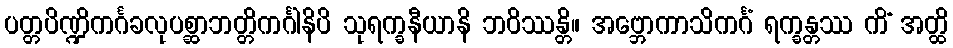
ပတ္တပိဏ္ဍိကင်္ဂခလုပစ္ဆာဘတ္တိကင်္ဂါနိပိ သုရက္ခနီယာနိ ဘဝိဿန္တိ။ အဗ္ဘောကာသိကင်္ဂံ ရက္ခန္တဿ ကိံ အတ္ထိ